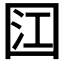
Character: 𭍟